Annual statistical returns and brief notes on vaccination in Bengal - 1887-1898
Year: 1887
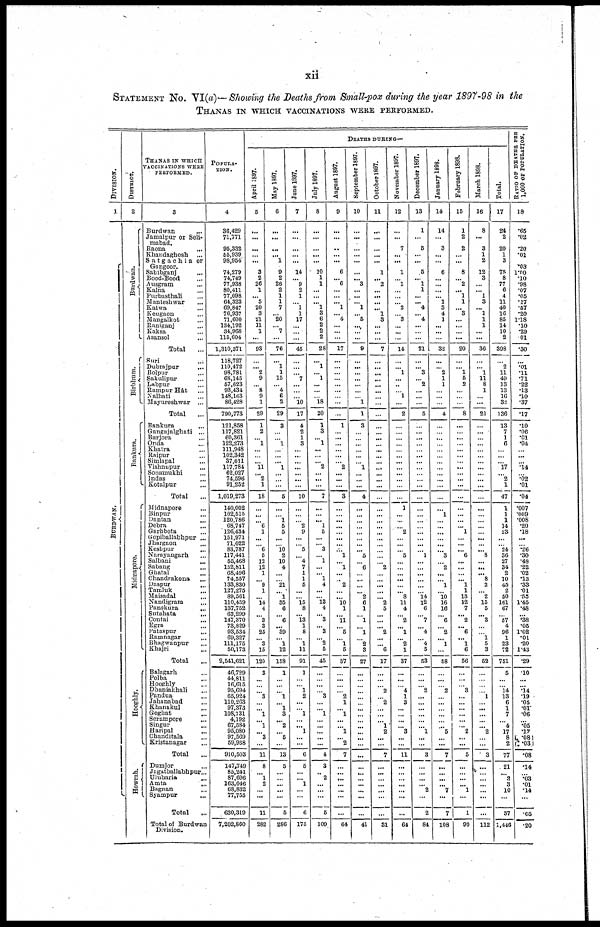
xii
STATEMENT No. VI(a)— Showing the Deaths from Small-pox during the year 1897-98 in the
THANAS IN WHICH VACCINATIONS WERE PERFORMED.
DIVISION.
1
BURDWAN.
DISTRICT.
2
Burdwan.
Birbhum.
Bankura.
Midnapore.
Hooghly.
Howrah.
THANAS IN WHICH
VACCINATIONS WERE
PERFORMED.
3
Burdwan ...
Jamalpur or Seli-
mabad.
Raona
...
Khandaghosh
...
Satgachia or
Gangoor.
Sahibganj
...
Bood-Bood ...
Ausgram ...
Kalna ...
Purbasthali ...
Manteshwar ...
Katwa ...
Keugaon ...
Mangalkot ...
Raniganj ...
Kaksa ...
Asansol ...
Total ...
Suri
...
Dubrajpur ...
Bolpur ...
Sakulipur ...
Labpur ...
Rampur Hât ...
Nalhati ...
Mayureshwar ...
Total
...
Bankura
...
Gangajalghati ...
Barjora ...
Onda ...
Khatra ...
Raipur ...
Simlapal ...
Vishnupur ...
Sonamukhi ...
Indas ...
Kotalpur ...
Total ...
Midnapore ...
Binpur ...
Dantan
...
Debra ...
Garhbeta ...
Gopiballabhpur ...
Jhargaon ...
Keshpur
...
Narayangarh ...
Salbani ...
Sabang ...
Ghatal ...
Chandrakona
...
Daspur
...
Tamluk ...
Maisadal ...
Nandigram ...
Panskura
...
Sutahata
...
Contai ...
Egra ...
Pataspur ...
Ramnagar ...
Bhagwanpur ...
Khajri
...
Total ...
Balagarh ...
Polba ...
Hooghly ...
Dhaniakhali ...
Pandua ...
Jahanabad
...
Khanakul
...
Goghat ...
Serampore ...
Singur
...
Haripal ...
Chanditala ...
Kristanagar ...
Total ...
Dumjor ...
Jagatballabhpur...
Ulubaria
...
Amta
...
Bagnan ...
Syampur ...
Total ...
Total of Burdwan
Division.
POPULA-
----.
4
36,429
71,771
95,332
55,939
98,954
74,279
74,749
77,988
80,411
77,098
64,323
69,847
76,937
71,600
134,192
34,968
115,604
1,310,371
118,727
119,472
98,781
68,145
57,623
93,434
148,163
86,428
790,773
121,858
117,821
60,361
122,273
111,948
102,342
37,011
117,784
62,027
74,596
91,252
1,019,273
140,002
102,515
120,786
68,747
126,434
151,971
71,022
83,787
117,441
55,468
152,811
68,496
74,557
133,830
127,275
89,561
110,459
137,752
63,299
147,370
73,829
93,534
69,327
111,175
50,173
2,541,621
46,729
44,811
16,615
95,694
65,924
110,263
97,373
108,731
4,192
67,584
95,080
97,569
59,938
910,503
147,749
85,241
87,696
163,046
68,832
77,755
630,319
7,202,860
DEATHS DURING—
April 1897.
5
...
...
...
...
...
3
2
26
1
... 5
20
3
21
11
1
...
93
...
... 2
9
...
8
9
1
29
1
2
... 1
...
...
...
11
...
2
1
18
...
... ...
6
1
...
...
6
5
12
12
1
...
9
1
... 14
4
...
3
3
25
...
3
15
129
3
...
...
...
3
...
... 1
...
1
... 3
...
11
8
...
1
2
...
...
11
282
May 1897.
6
...
...
...
... 1
9
2
26
2
1
1
7
... 20
...
7
...
76
...
1
1
15
...
4
6
2
29
3
...
...
1
...
...
...
1
...
...
...
5
...
...
1
5
5
...
...
10
2
10
4
...
...
21
...
1
35
6
...
6
... 39
... 1
12
158
1
...
...
... 1
...
1
3
...
2
... 5
...
13
5
...
...
...
...
...
5
286
June 1897.
7
...
...
...
...
...
14
... 9
2
1
...
1
1
17
...
...
...
45
...
...
... 7
...
...
...
10
17
4
2
1
3
...
...
...
...
...
...
...
10
...
...
...
2
9
...
...
5
...
4
7
1
1
5
...
...
15
8
...
13
1
8
...
1
11
91
1
...
...
1
2
...
...
1
...
...
1
...
...
6
5
...
... 1
...
...
6
175
July 1897.
8
...
...
...
...
...
10
1
1
...
...
... 1
3
6
2
2
2
28
...
1
... 1
...
...
...
18
20
1
3
... 1
...
...
... 2
...
...
...
7
...
...
... 1
5
...
...
3
...
1
...
... 1
4
...
...
13
4
... 3
...
3
...
2
5
45
...
...
...
... 3
...
...
1
...
...
...
...
...
4
3
...
2
...
...
...
5
109
August 1897.
9
...
...
...
...
...
6
... 6
...
...
... 1
...
4
...
...
...
17
...
...
...
...
...
...
...
...
...
1
...
...
...
...
...
...
2
...
...
...
3
...
...
...
...
...
...
...
...
1
... 1
...
...
2
...
...
10
1
...
11
... 5
...
1
5
37
...
...
...
...
2
1
...
1
...
... 1
...
2
7
...
...
...
...
...
...
...
64
September 1897.
10
...
...
...
...
...
...
... 3
...
...
... 1
... 5
... ...
...
9
...
...
...
...
...
...
...
1
1
3
...
...
...
...
... ...
1
...
...
...
4
...
...
...
...
...
...
...
...
5
... 6
...
...
...
...
2
6
1
...
1
... 1
.... 2
3
27
...
...
...
...
...
...
...
...
...
...
...
...
...
...
...
...
...
...
...
...
...
41
October 1897.
11
...
...
...
...
...
1
... 2
...
...
...
... 1
3
...
...
...
7
...
...
...
...
...
...
...
...
...
...
...
...
...
...
...
...
...
...
...
...
...
...
...
...
...
...
...
...
...
...
...
2
...
...
...
...
... 2
5
...
...
... 2
...
...
6
17
...
...
...
2
...
2
...
...
...
1
2
...
...
7
...
... ...
...
...
...
...
31
November 1897.
12
...
...
7
...
...
1
... 1
...
...
... 2
...
3
...
...
...
14
...
... 1
...
...
...
1
...
2
...
...
...
...
...
...
...
...
...
...
...
...
1
...
...
...
2
...
...
... 5
...
...
...
...
...
...
8
11
4
...
2
...
1
...
2
1
37
...
...
... 4
1
3
...
...
...
... 3
...
...
11
...
...
...
...
...
...
...
64
December 1897.
13
1
...
5
...
...
5
... 1
1
... ...
4
... 4
...
...
...
21
...
...
3
... 2
...
...
...
5
...
...
...
...
...
...
...
...
...
...
...
...
...
...
...
...
...
...
...
...
1
...
...
...
...
...
...
14
12
6
...
7
...
4
...
4
5
53
...
...
... 2
...
...
...
...
...
... 1
...
...
3
...
...
...
... 2
...
2
84
January 1898.
14
14
...
3
...
...
6
...
...
...
...
1
3
4
1
...
...
...
32
...
...
2
1
1
...
...
...
4
...
...
...
...
...
...
...
...
...
...
...
...
...
1
...
...
...
...
...
...
3
...
2
...
...
1
...
10
16
16
...
6
...
2
...
1
...
58
...
...
...
2
...
...
...
...
...
...
5
...
...
7
...
...
...
... 7
...
7
108
February 1898.
15
1
2
2
...
...
8
... 2
... 1
1
... 3
...
...
...
...
20
...
... 1
5
2
...
...
...
8
...
...
...
...
...
...
...
...
...
...
...
...
...
...
...
...
1
...
...
...
6
...
...
...
... 1
1
13
12
7
...
2
... 6
... 1
6
56
...
...
...
3
...
...
...
...
...
...
2
...
...
5
...
...
...
... 1
...
1
90
March 1898.
16
8
...
3
1
2
12
3
...
... 1
3
... 1
1
1
...
...
36
...
... 1
11
8
1
...
...
21
...
...
...
...
...
...
...
...
...
...
...
...
...
...
...
...
...
...
...
...
8
...
...
...
8
2
...
2
15
5
...
3
...
...
1
5
3
22
...
...
...
...
1
...
...
...
... ...
2
...
...
3
...
...
...
...
...
...
...
112
Total.
17
24
2
20
1
3
75
8
77
6
4
11
40
16
85
14
10
2
398
...
2
11
49
13
13
16
32
136
13
7
1
6
...
...
...
17
...
2
1
47
1
1
1
14
23
...
...
24
36
27
34
2
10
45
2
50
161
67
...
57
4
96
1
23
72
751
5
...
...
14
13
6
1
7
...
4
17
8
2
77
21
...
3
3
10
...
37
1,446
RATIO OF DEATHS PER
1,000 OF POPULATION.
18
.65
.02
.20
.01
.03
1.00
.10
.98
.07
.05
.17
.57
.20
1.18
.10
.29
.01
.30
...
.01
.11
.71
.22
.13
.10
.37
.17
.10
.06
.01
.04
...
... ...
.14
...
.02
.01
.04
.007
.009
.008
.20
.18
...
...
.26
.30
.48
.22
.02
.13
.33
.01
.55
1.45
.48
...
.38
.05
1.02
.01
.20
1.43
.29
.10
...
...
.14
.19
.05
.01
.06
...
.05
.17
.08
.03
.08
.14
...
.03
.01
.14
...
.05
.20